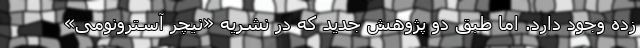
زده وجود دارد. اما طبق دو پژوهش جدید که در نشریه «نیچر آسترونومی»